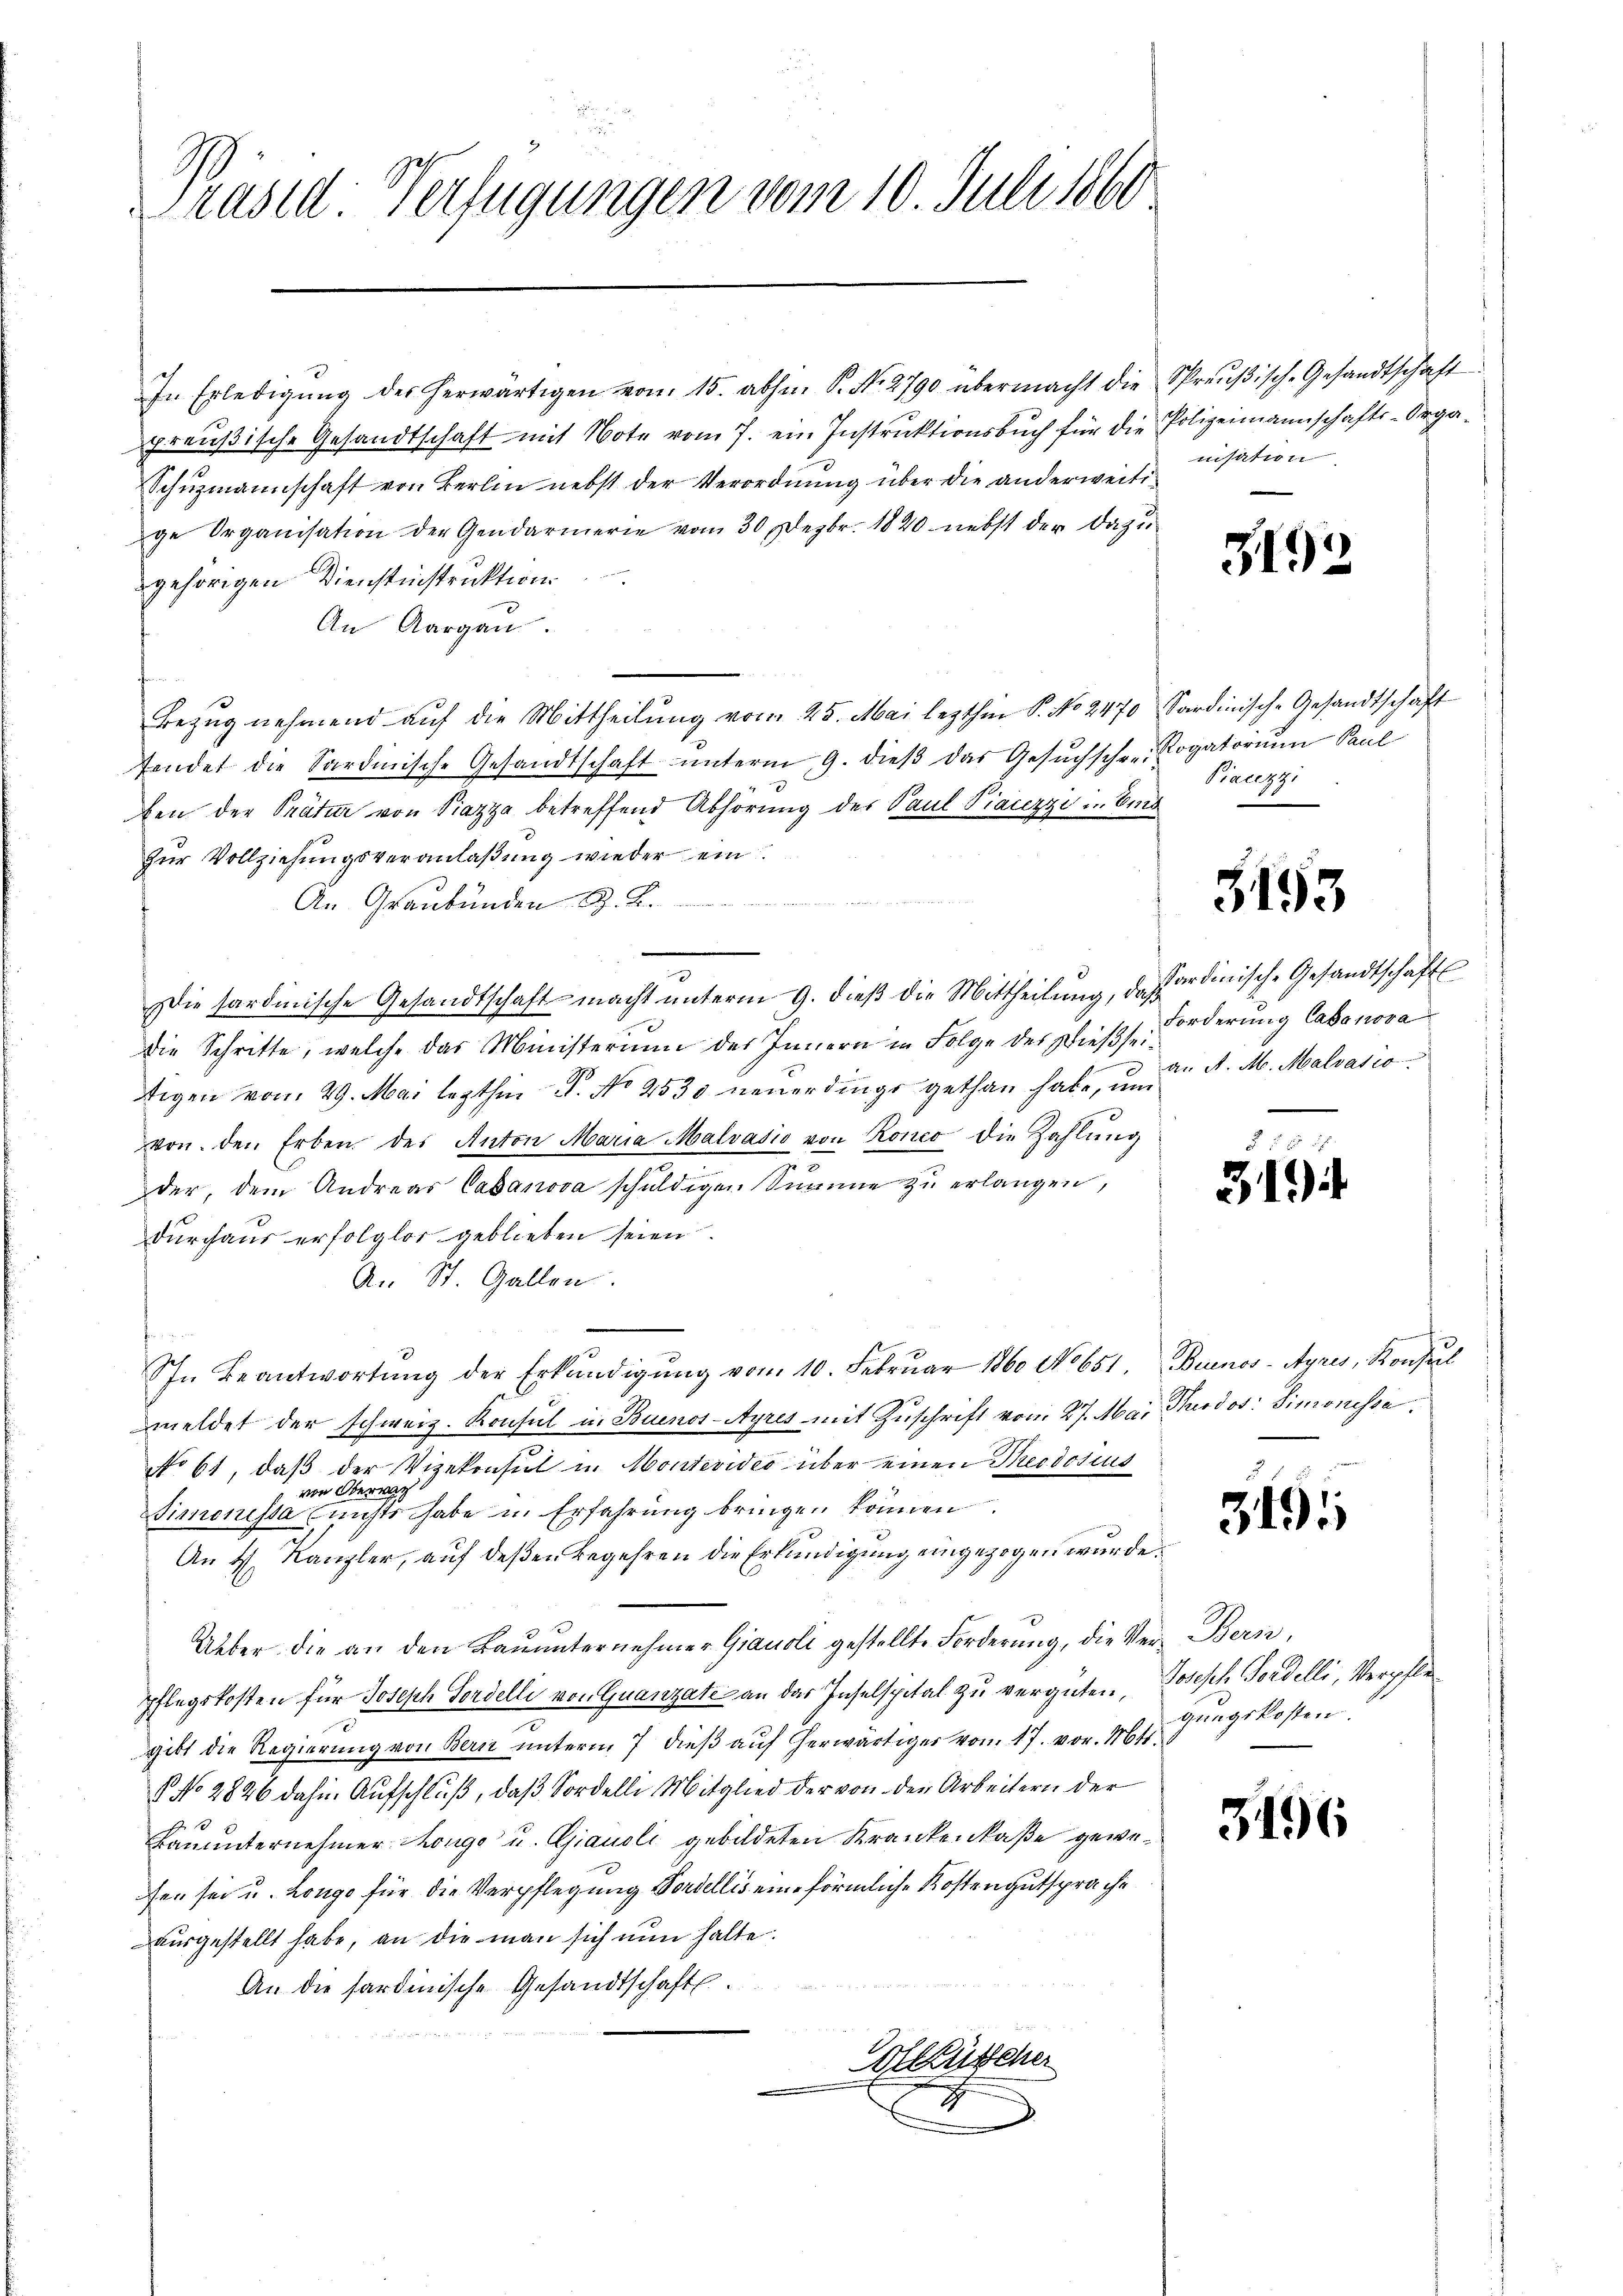
2
Prased Verfügungen vom 10. Juli 1860

In Erledigŭng des herwärtigen vom 15. abhin P. Nr. 2790 übermacht die Spreŭβisch-Gesandtschaft:
preŭβische Gesandtschaft mit Note vom 7. ein Instrŭktionsbŭch für die Polizeimannschafts-Orga-
Schuzmannschaft von Berlin nebst der Verordnung über die anderweitige Organisation der Gendarmerie vom 30 Dezbr. 1820 nebst der Dazu
gehörigen Dienstinstruktion
An Aargau.
¬
Bezug nehmend auf die Mittheilung vom 25. Mai lezthin P. No 2470 Sardinisch-Gesandtschaft
fendet die Sardinische Gesandtschaft ŭnterm 9. dieβ das Gesŭchschrei Rogatorium Paul
ben der Präten von Piazza betreffend Abhörung der Paul Piazzi u. Eind
zur Vollziehungsveranlaßung wieder ein
An Graubünden Z. B.
Die Sardinische Gesandtschaft macht unterm 9. dieβ die Mittheilung, daß ordinische Gesandtschafts
die Schritte, welche das Ministerium des Innern in Folge des Dießseitigen vom 29. Mai lezthin P. No 2530 neŭerdings gethan habe, um
von den Erben des Anton Maria Malvasio von Ronco die Zahlung
der, dem Andreas Casanova schuldigen Summe zu erlangen,
durchaus erfolglos geblieben seien.
A. St. Gallen.
In Beantwortŭng der Erkŭndigŭng vom 10. Febrŭar 1860 No 651 Buenos-Ayres, Konsul
meldet der schweiz. Konsul in Buenos-Ayres mit Zuschrift vom 27. Mai Murdos: Simonisse,
No 61, daß der Vizekonsul in Montevideo über einen Theodosius
von Oberwach
Simonissa nichts habe in Erfahrung bringen können.
An 4. Kanzler, auf deßen Begehren die Erkundigung eingezogen wurde.
Über die an den Baŭŭnternehmer Giauoli gestellte Forderung, die Ver- Bern,
pflegskosten für Joseph Fordelli von Quanzate an das Inselspital zu vergüten, Joseph Fordelli, Verpflegibt die Regierŭng von Bern ŭnterm 7 dieβ aŭf herwärtiger vom 17. vor. Mts.
 No 2826 dahin Aufschluß, daß Sordelli Mitglied der von der Arbeitern der
Bauunternehmer ange u. Giausli gebildeten Krankenkaße gewefen sei u. Longe für die Verpflegung Fordellis eine förmliche Kostengutsprache
ausgestellt habe, an die man sich nun halte.
An die sardinische Gesandtschaft
Collischer

nisation

3192

Piacezzi

3153

Forderung Casanova
an A. M. Malvasio

319

3195

gungskosten.

3196